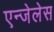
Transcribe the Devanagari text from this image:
एन्जेलेस